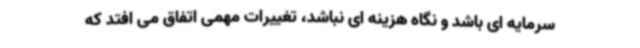
سرمایه ای باشد و نگاه هزینه ای نباشد، تغییرات مهمی اتفاق می افتد که